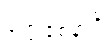
ဝုတ္တဝစနာပိ